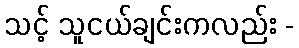
သင့် သူငယ်ချင်းကလည်း -